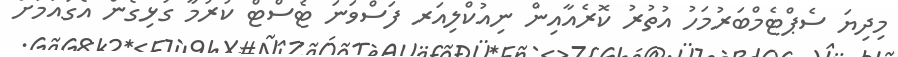
މިދިޔަ ސެޕްޓެމްބަރުމަހު އުތުރު ކޮރެއާއިން ނިއުކްލިއަރ ފަސްވަނަ ޓެސްޓް ކުރުމާ ގުޅިގެން އެގައުމަށް